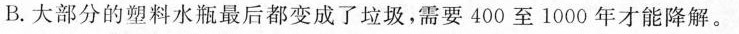
B.大部分的塑料水瓶最后都变成了垃圾，需要400至1000年才能降解。